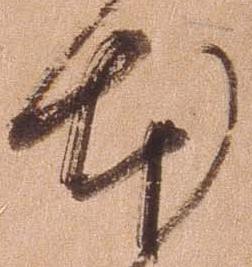
本